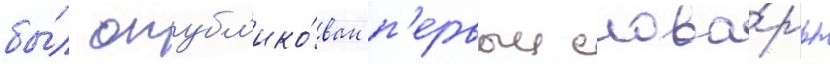
бы́л опубл'ико́ван п'ервыи слова́рь